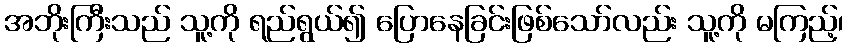
အဘိုးကြီးသည် သူ့ကို ရည်ရွယ်၍ ပြောနေခြင်းဖြစ်သော်လည်း သူ့ကို မကြည့်၊